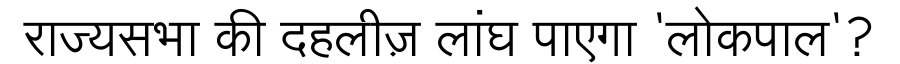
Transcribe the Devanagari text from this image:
राज्यसभा की दहलीज़ लांघ पाएगा 'लोकपाल'?